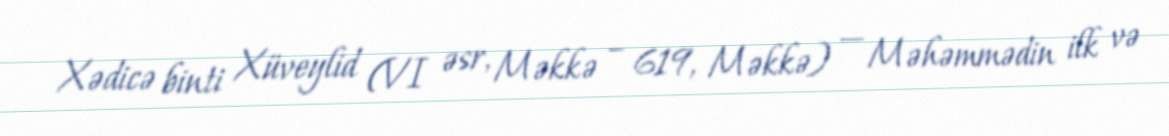
Xədicə binti Xüveylid (VI əsr, Məkkə – 619, Məkkə) — Məhəmmədin ilk və